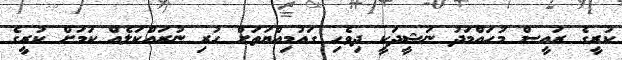
ކުރީގެ ރައީސް މުހައްމަދު ނަޝީދަކީ ދިވެހި ގައުމިއްޔަތަށް ހުރި ނުރައްކަލެއް ކަމަށް ކުރީގެ